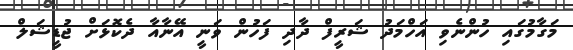
މަގާމުގައި ހުންނެވި އަހްމަދު ޝަރީފް ދާދި ފަހުން ވަނީ އޭނާއާ ދެކޮޅަށް ޖުޑީޝަލް